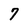
Character: 7